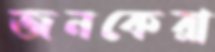
জনকেরা